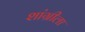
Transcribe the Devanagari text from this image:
शांग्रीला